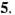
5.